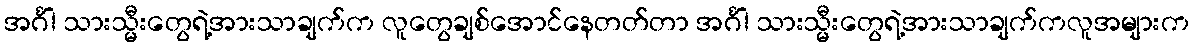
အင်္ဂါ သားသ္မီးတွေရဲ့အားသာချက်က လူတွေချစ်အောင်နေတတ်တာ အင်္ဂါ သားသ္မီးတွေရဲ့အားသာချက်ကလူအများက